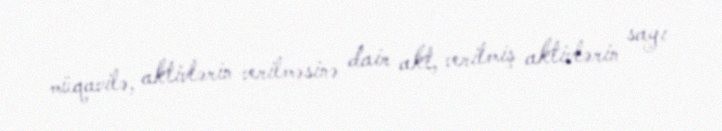
müqavilə, aktivlərin verilməsinə dair akt, verilmiş aktivlərin sayı